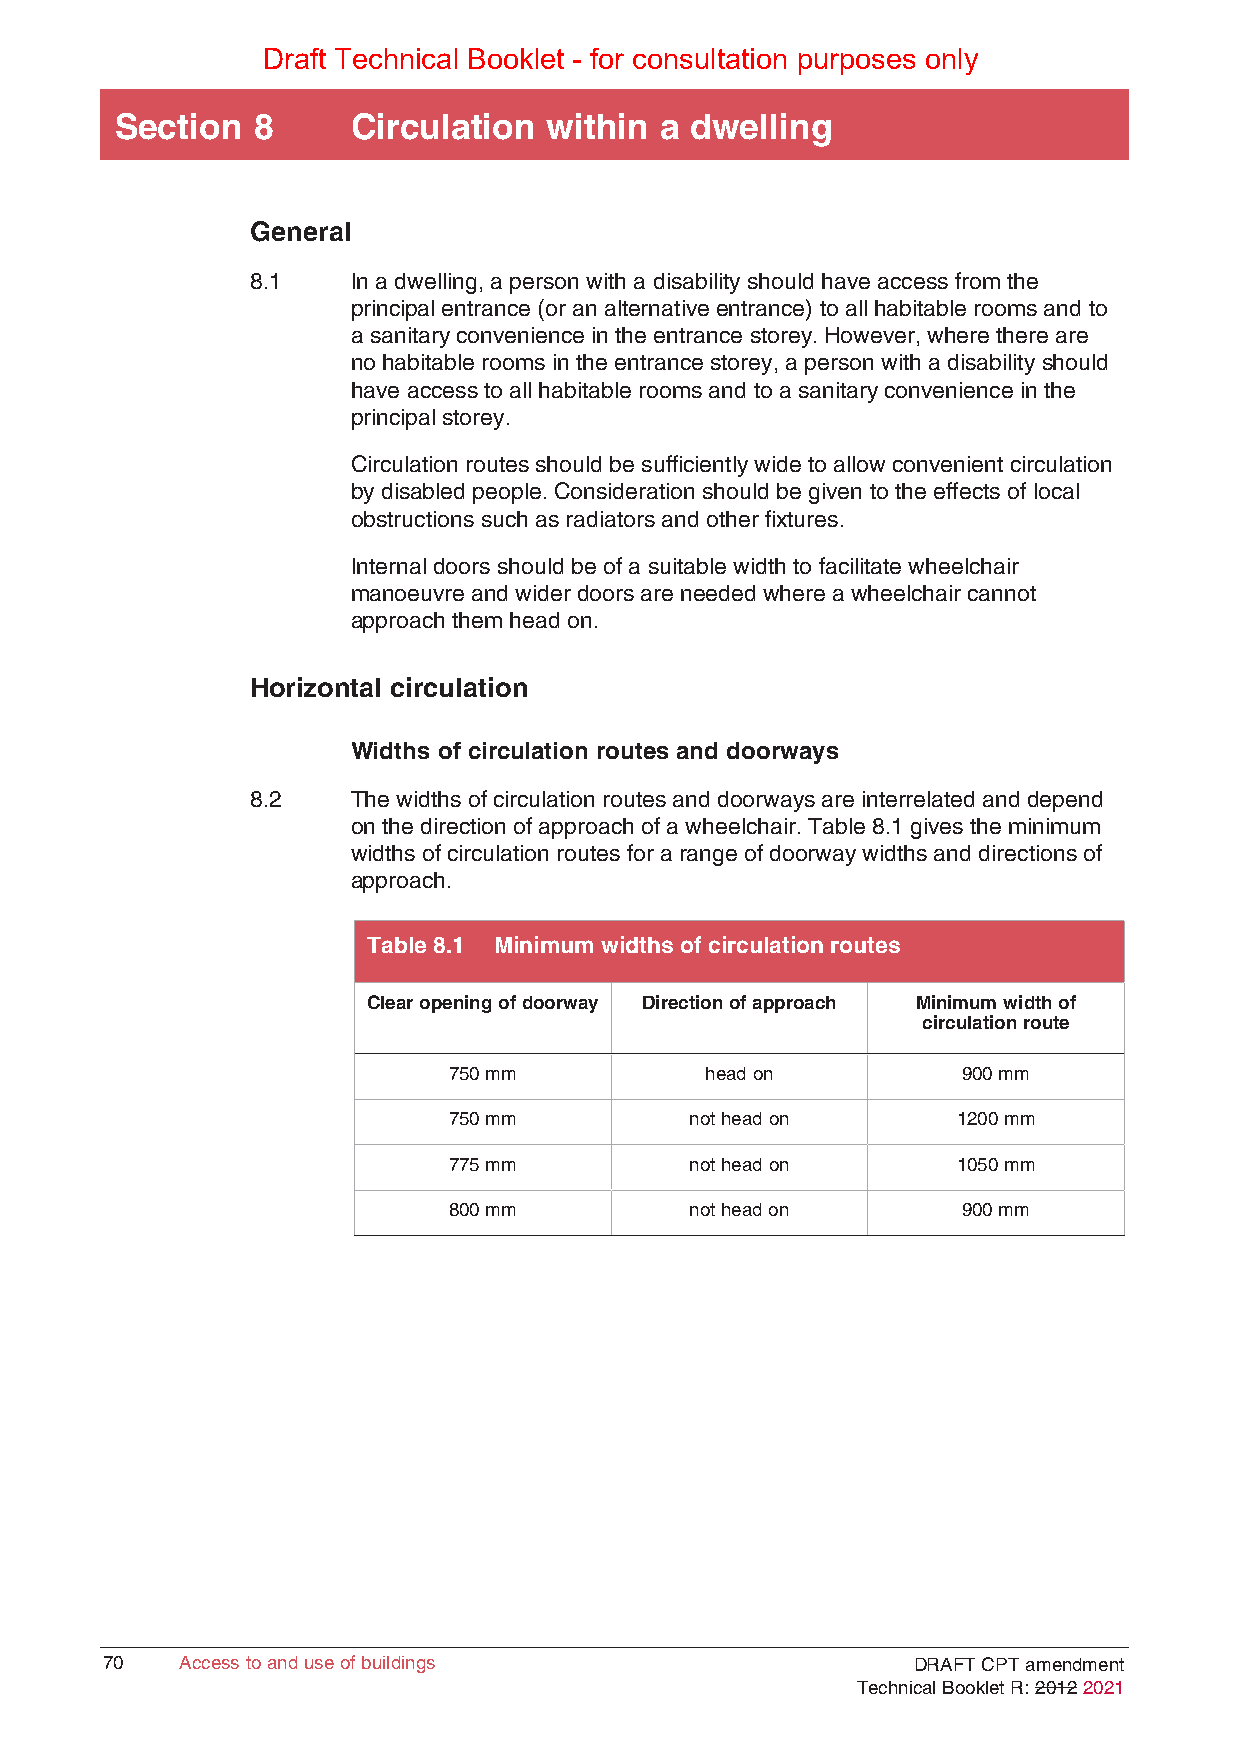
Draft Technical Booklet - for consultation purposes only
 Section  8     Circulation  within  a dwelling
 General
 8.1   In a dwelling, a person with a disability should have access from the
 principal entrance (or an alternative entrance) to all habitable rooms and to
 a sanitary convenience in the entrance storey. However, where there are
 no habitable rooms in the entrance storey, a person with a disability should
 have access to all habitable rooms and to a sanitary convenience in the
 principal storey.
 Circulation routes should be sufficiently wide to allow convenient circulation
 by disabled people. Consideration should be given to the effects of local
 obstructions such as radiators and other fixtures.
 Internal doors should be of a suitable width to facilitate wheelchair
 manoeuvre and wider doors are needed where a wheelchair cannot
 approach them head on.
 Horizontal circulation
 Widths of circulation routes and doorways
 8.2   The widths of circulation routes and doorways are interrelated and depend
 on the direction of approach of a wheelchair. Table 8.1 gives the minimum
 widths of circulation routes for a range of doorway widths and directions of
 approach.
 Table 8.1 Minimum widths of circulation routes
 Clear opening of doorway Direction of approach Minimum width of
 circulation route
 750 mm           head on          900 mm
 750 mm          not head on      1200 mm
 775 mm          not head on      1050 mm
 800 mm          not head on       900 mm
 70   Access to and use of buildings                  DRAFT CPT amendment
 Technical Booklet R: 2012 2021